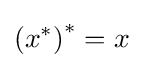
\left(x^{*}\right)^{*}=x